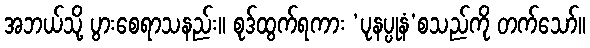
အဘယ်သို့ ပွားစေရာသနည်း။ စုဒ်ထွက်ရကား ‘ပုနပ္ပုနံ’စသည်ကို တက်သော်။